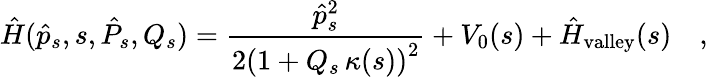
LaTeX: \hat{H}(\hat{p}_{s},s,\hat{P}_{s},Q_{s})=\frac{\hat{p}_{s}^{2}}{2\left(1+Q_{s}\, \kappa(s)\right)^{2}}+V_{0}(s)+\hat{H}_{\mathrm{valley}}(s)\quad,